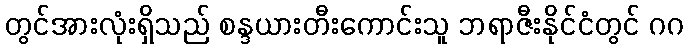
တွင်အားလုံးရှိသည် စန္ဒယားတီးကောင်းသူ ဘရာဇီးနိုင်ငံတွင် ဂဂ